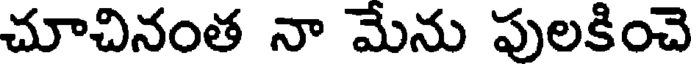
చూచినంత నా మేను పులకించె